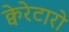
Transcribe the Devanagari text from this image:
क्वेरेटारो